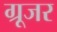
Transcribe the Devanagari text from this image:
ग्रूजर